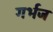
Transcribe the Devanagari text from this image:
गर्भज